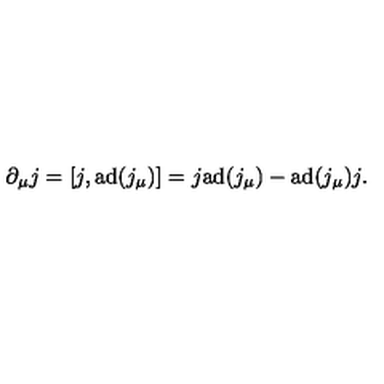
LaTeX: \partial _ { \mu } j = [ j , \mathrm { a d } ( j _ { \mu } ) ] = j \mathrm { a d } ( j _ { \mu } ) - \mathrm { a d } ( j _ { \mu } ) j .